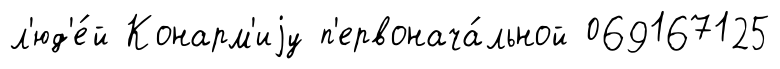
л'юд'е́й Конарм'иjу п'ервонача́льной 069167125